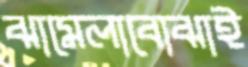
ঝামেলাবোঝাই